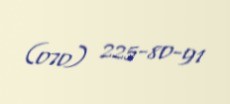
(070) 225-80-91